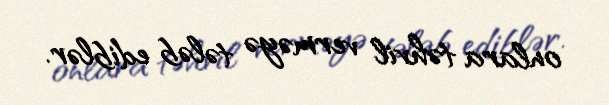
onlara təhvil verməyə tələb ediblər.